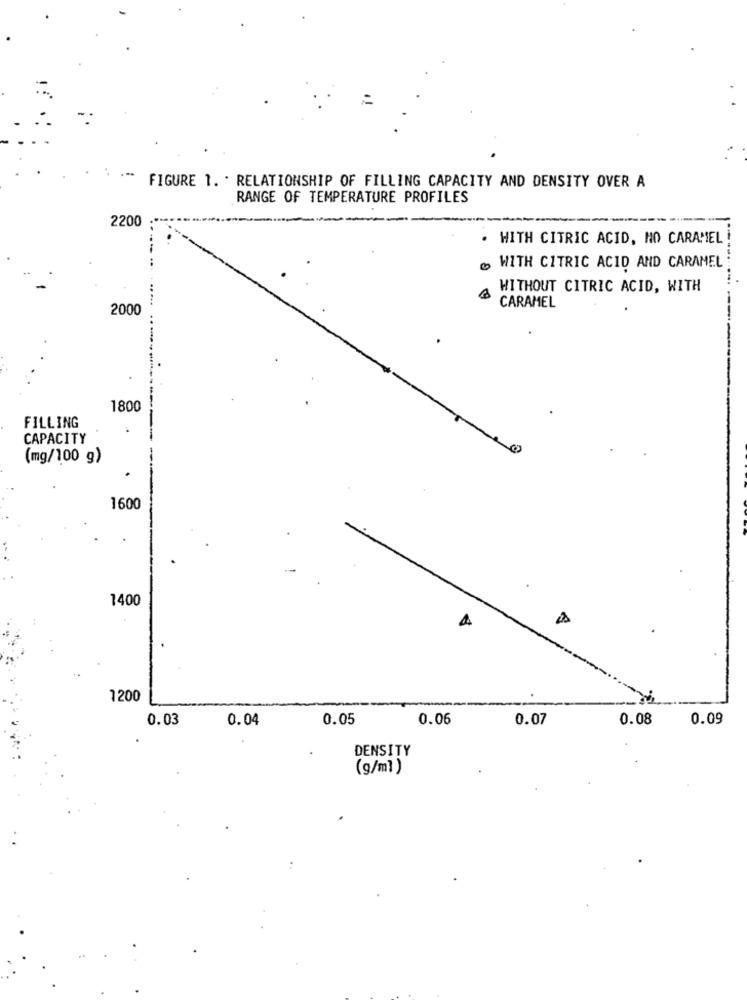
FIGURE 1. . RELATIONSHIP OF FILLING CAPACITY AND DENSITY OVER A
RANGE OF TEMPERATURE PROFILES
2200
WITH CITRIC ACID, NO CARAMEL !
WITH CITRIC ACID AND CARAMEL
WITHOUT CITRIC ACID, WITH
2000
CARAMEL
1800
FILLING
CAPACITY
(mg/100 g)
1600
1400
1200
0.03
0.04
0.05
0.06
0.07
0.08
0.09
DENSITY
(g/ml)